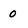
Character: 0